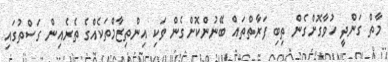
މާތް ގަންދީ ހުވާގޮށްގެން ތިބި ފަރާތްތައް ބޭނުންކޮށްގެން ވަކި އިންތިޒާމްތަކެއްގެ ތެރެއިން ގަސްތުގައި